Annual administration and progress report of the Indian Medical Department, Bombay
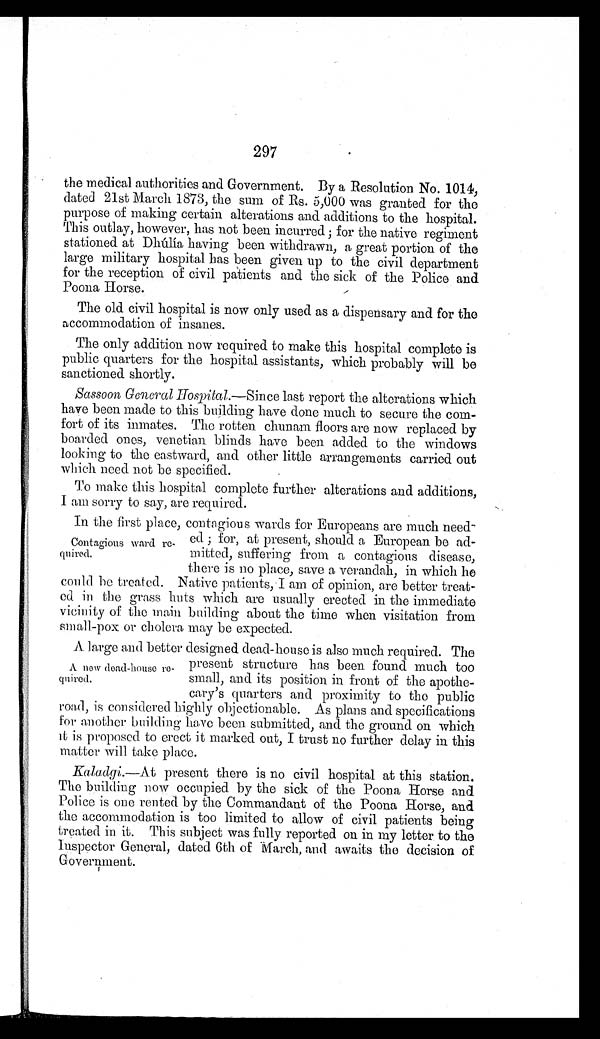
297
the medical authorities and Government. By a Resolution No. 1014,
dated 21st March 1873, the sum of Rs. 5,000 was granted for the
purpose of making certain alterations and additions to the hospital.
This outlay, however, has not been incurred; for the native regiment
stationed at Dhúlía having been withdrawn, a great portion of the
large military hospital has been given up to the civil department
for the reception of civil patients and the sick of the Police and
Poona Horse.
The old civil hospital is now only used as a dispensary and for the
accommodation of insanes.
The only addition now required to make this hospital complete is
public quarters for the hospital assistants, which probably will be
sanctioned shortly.
Sassoon General Hospital.—Since last report the alterations which
have been made to this building have done much to secure the com-
fort of its inmates. The rotten chunam floors are now replaced by
boarded ones, venetian blinds have been added to the windows
looking to the eastward, and other little arrangements carried out
which need not be specified.
To make this hospital complete further alterations and additions,
I am sorry to say, are required.
In the first place, contagious wards for Europeans are much need
-ed ; for, at present, should a European be ad-
mitted, suffering from a contagious disease,
there is no place, save a verandah, in which he
could be treated. Native patients, I am of opinion, are better treat--
ed in the grass huts which are usually erected in the immediate
vicinity of the main building about the time when visitation from
small-pox or cholera may be expected.
A large and better designed dead-house is also much required. The
present structure has been found much too
small, and its position in front of the apothe-
cary's quarters and proximity to the public
road, i s con sidered highly objectionable. As plans and specifications
for another building have been submitted, and the ground on which
it is proposed to erect it marked out, I trust no further delay in this
matter will take place.
Kaladgi.—At present there is no civil hospital at this station.
The building now occupied by the sick of the Poona Horse and
Police is one rented by the Commandant of the Poona Horse, and
the accommodation is too limited to allow of civil patients being
treated in it. This subject was fully reported on in my letter to the
inspector General, dated 6th of March, and awaits the decision of
Government.
Contagious ward re-
quired.
A new dead-house re-
quired.